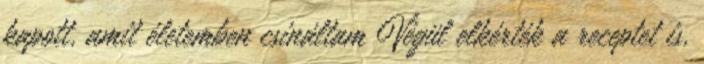
kapott, amit életemben csináltam Végül elkérték a receptet is,